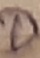
Text: D